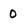
Character: 0